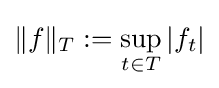
\|f\|_{T}:=\sup _{t\in T}|f_{t}|